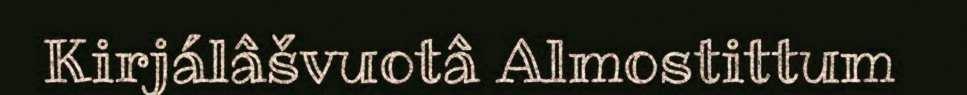
Kirjálâšvuotâ Almostittum